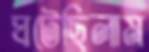
ঘটেছিলাম